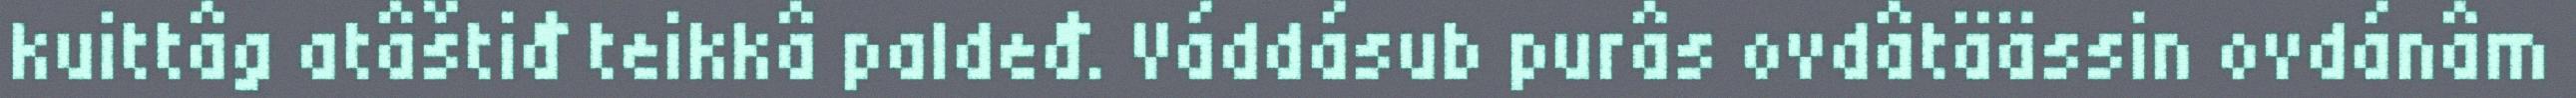
kuittâg atâštiđ teikkâ paldeđ. Váddásub purâs ovdâtäässin ovdánâm